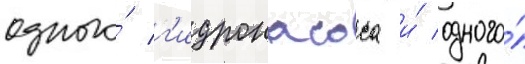
одного́ г'идронасоса и́ одного́